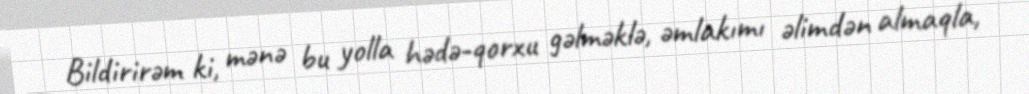
Bildirirəm ki, mənə bu yolla hədə-qorxu gəlməklə, əmlakımı əlimdən almaqla,